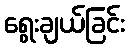
ရွေးချယ်ခြင်း